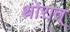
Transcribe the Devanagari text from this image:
थोरात्